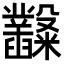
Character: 𥽿